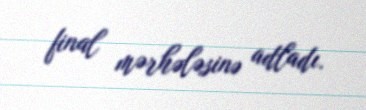
final mərhələsinə adladı.